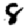
Digit: 8